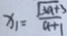
x _ { 1 } = \frac { \sqrt { 3 a + 3 } } { a + 1 }